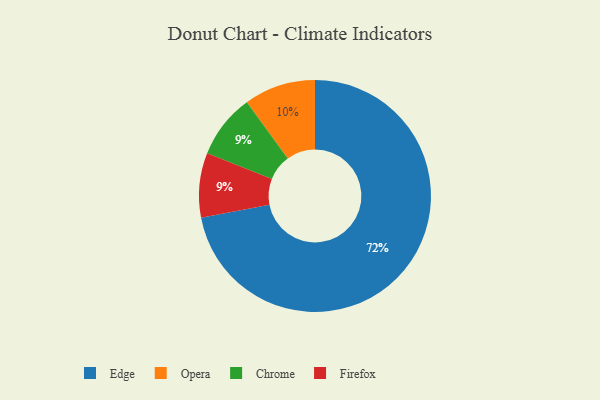
{"axis": {"x": "Category", "y": "Percentage"}, "legend": ["Chrome", "Edge", "Firefox", "Opera"], "data": [{"x": "Edge", "y": 72, "type": "Edge"}, {"x": "Opera", "y": 10, "type": "Opera"}, {"x": "Chrome", "y": 9, "type": "Chrome"}, {"x": "Firefox", "y": 9, "type": "Firefox"}]}